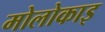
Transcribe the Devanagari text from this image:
मोलोकाइ